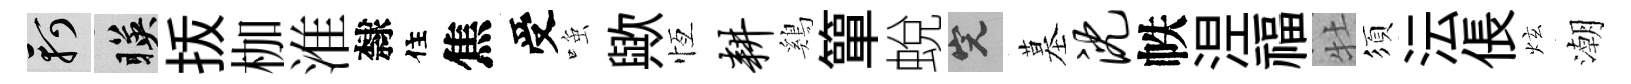
軻暎㧞枷淮隸住焦受𫪻歟恆耕鷄簞蛻完墓沈帙𣵀福牡須沄倀炫潮